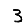
Digit: 3